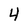
Character: 4